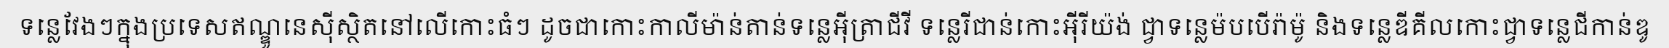
ទន្លេវែងៗក្នុងប្រទេសឥណ្ឌូនេស៊ីស្ថិតនៅលើកោះធំៗ ដូចជាកោះកាលីម៉ាន់តាន់ទន្លេអ៊ីត្រាជីវី ទន្លេរីជាន់កោះអ៊ីរីយ៉ង់ ជ្វាទន្លេម៉បបើរ៉ាម៉ូ និងទន្លេឌីគីលកោះជ្វាទន្លេជីកាន់ឌូ